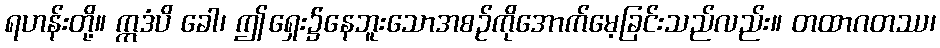
ရဟန်းတို့။ ဣဒံပိ ခေါ၊ ဤရှေး၌နေဘူးသောအစဉ်ကိုအောက်မေ့ခြင်းသည်လည်း။ တထာဂတဿ၊